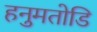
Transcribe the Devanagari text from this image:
हनुमतोडि